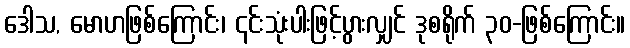
ဒေါသ, မောဟဖြစ်ကြောင်း၊ ၎င်းသုံးပါးဖြင့်ပွားလျှင် ဒုစရိုက် ၃၀-ဖြစ်ကြောင်း။